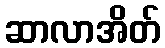
ဆာလာအိတ်